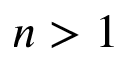
n > 1